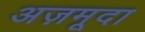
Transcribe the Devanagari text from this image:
अज़मूदा